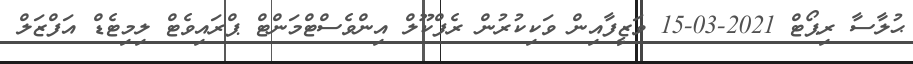
ޙުލާސާ ރިޕޯޓް 2021-03-15 ވަޒީފާއިން ވަކިކުރުން ރެފްކޫލް އިންވެސްޓްމަންޓް ޕްރައިވެޓް ލިމިޓެޑް އަފްޒަލް